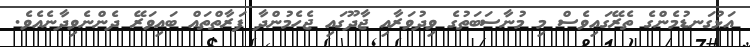
އަޅުގަނޑުމެންގެ ތެރޭގައިވެސް މި މުނާސަބަތުގެ ވިދުވަރާއި ޖާދޫގައި ޖެހެމުންދާ ފަރާތްތައް ބައިވަރޭ ދެންނެވިދާނެއެވެ.